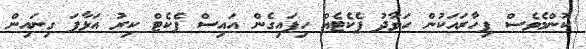
ކޮންމެވެސް ފިހާރައަކުން ހަވާދު ޕެކެޓެއް ހިފައިގެން އައިސް ޕެކެޓް ކިރު އަޅާފަ ގިނައިން